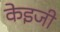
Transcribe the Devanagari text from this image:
केइजी